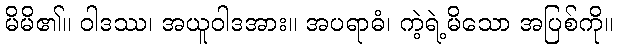
မိမိ၏။ ဝါဒဿ၊ အယူဝါဒအား။ အပရာဓံ၊ ကဲ့ရဲ့မိသော အပြစ်ကို။